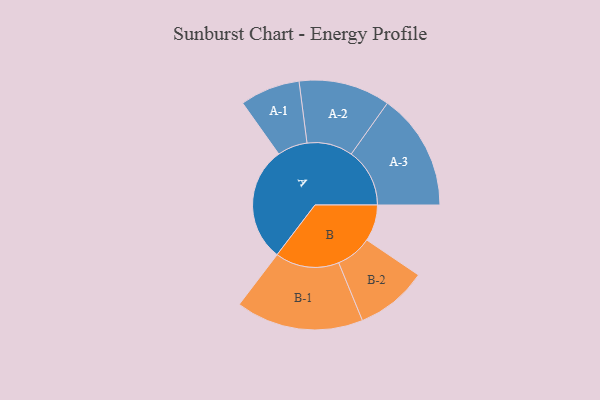
{"axis": {"x": "Segment", "y": "Value"}, "legend": ["", "A", "B"], "data": [{"x": "A", "y": 444, "type": ""}, {"x": "B", "y": 141, "type": ""}, {"x": "A-1", "y": 116, "type": "A"}, {"x": "A-2", "y": 177, "type": "A"}, {"x": "A-3", "y": 226, "type": "A"}, {"x": "B-1", "y": 247, "type": "B"}, {"x": "B-2", "y": 139, "type": "B"}]}